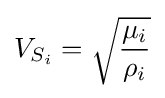
V_{S_{i}}={\sqrt {\frac {\mu _{i}}{\rho _{i}}}}